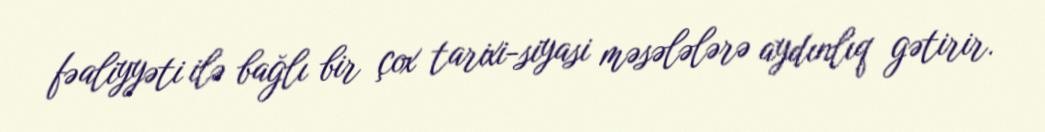
fəaliyyəti ilə bağlı bir çox tarixi-siyasi məsələlərə aydınlıq gətirir.